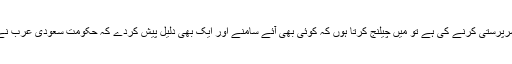
اور جہاں تک بات شدت پسند گروپوں کى مالى سرپرستى کرنے کى ہے تو میں چیلنج کرتا ہوں کہ کوئى بهى آئے سامنے اور ایک بهى دلیل پیش کردے کہ حکومت سعودى عرب نے شدت پسند گروپوں کى مالى سرپرستى کى ہے۔